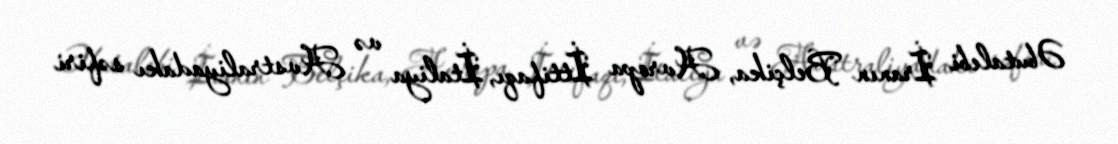
Əbutalebi İranın Belçika, Avropa İttifaqı, İtaliya və Avstraliyadakı səfiri